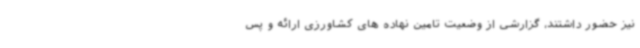
نیز حضور داشتند، گزارشی از وضعیت تامین نهاده های کشاورزی ارائه و پس